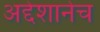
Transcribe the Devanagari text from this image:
अद्देशानेच